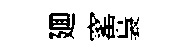
廽窰裊